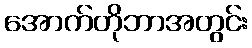
အောက်တိုဘာအတွင်း